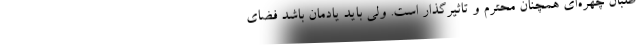
طلبان چهره‌ای همچنان محترم و تاثیرگذار است. ولی باید یادمان باشد فضای